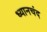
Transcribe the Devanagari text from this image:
ध्‍यानचंद